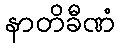
နာတိခီဏံ